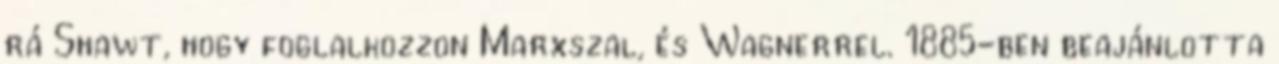
rá Shawt, hogy foglalkozzon Marxszal, és Wagnerrel. 1885-ben beajánlotta